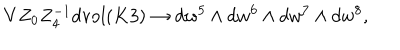
V Z _ { 0 } Z _ { 4 } ^ { - 1 } d \mathrm { v o l } ( K 3 ) \to d w ^ { 5 } \wedge d w ^ { 6 } \wedge d w ^ { 7 } \wedge d w ^ { 8 } ,